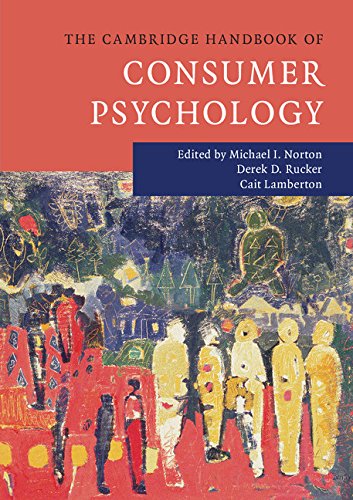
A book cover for The Cambridge Handbook of Consumer Psychology (Cambridge Handbooks in Psychology); Medical Books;